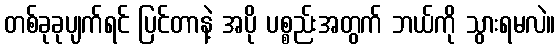
တစ်ခုခုပျက်ရင် ပြင်တာနဲ့ အပို ပစ္စည်းအတွက် ဘယ်ကို သွားရမလဲ။